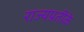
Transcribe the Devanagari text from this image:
राज्यप्रतीके